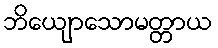
ဘိယျောသောမတ္တာယ